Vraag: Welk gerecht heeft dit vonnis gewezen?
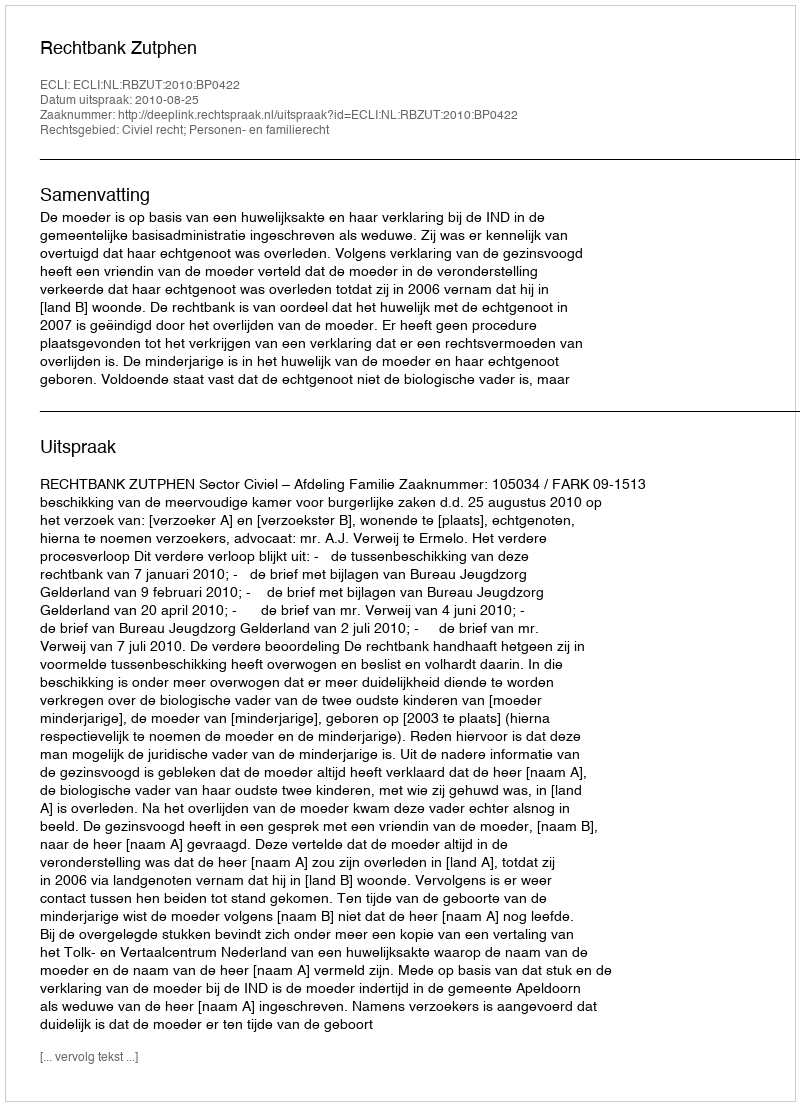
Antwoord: Rechtbank Zutphen